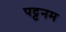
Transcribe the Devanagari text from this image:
पट्टनम